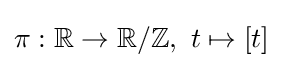
\pi :\mathbb {R} \to \mathbb {R} /\mathbb {Z} ,\ t\mapsto [t]